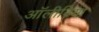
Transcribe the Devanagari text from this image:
अॉलीविया